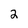
Character: 2